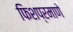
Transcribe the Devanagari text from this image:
फिशप्रमाणे